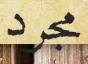
مجرد